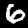
Digit: 6